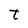
Character: t